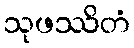
သုဖဿိတံ